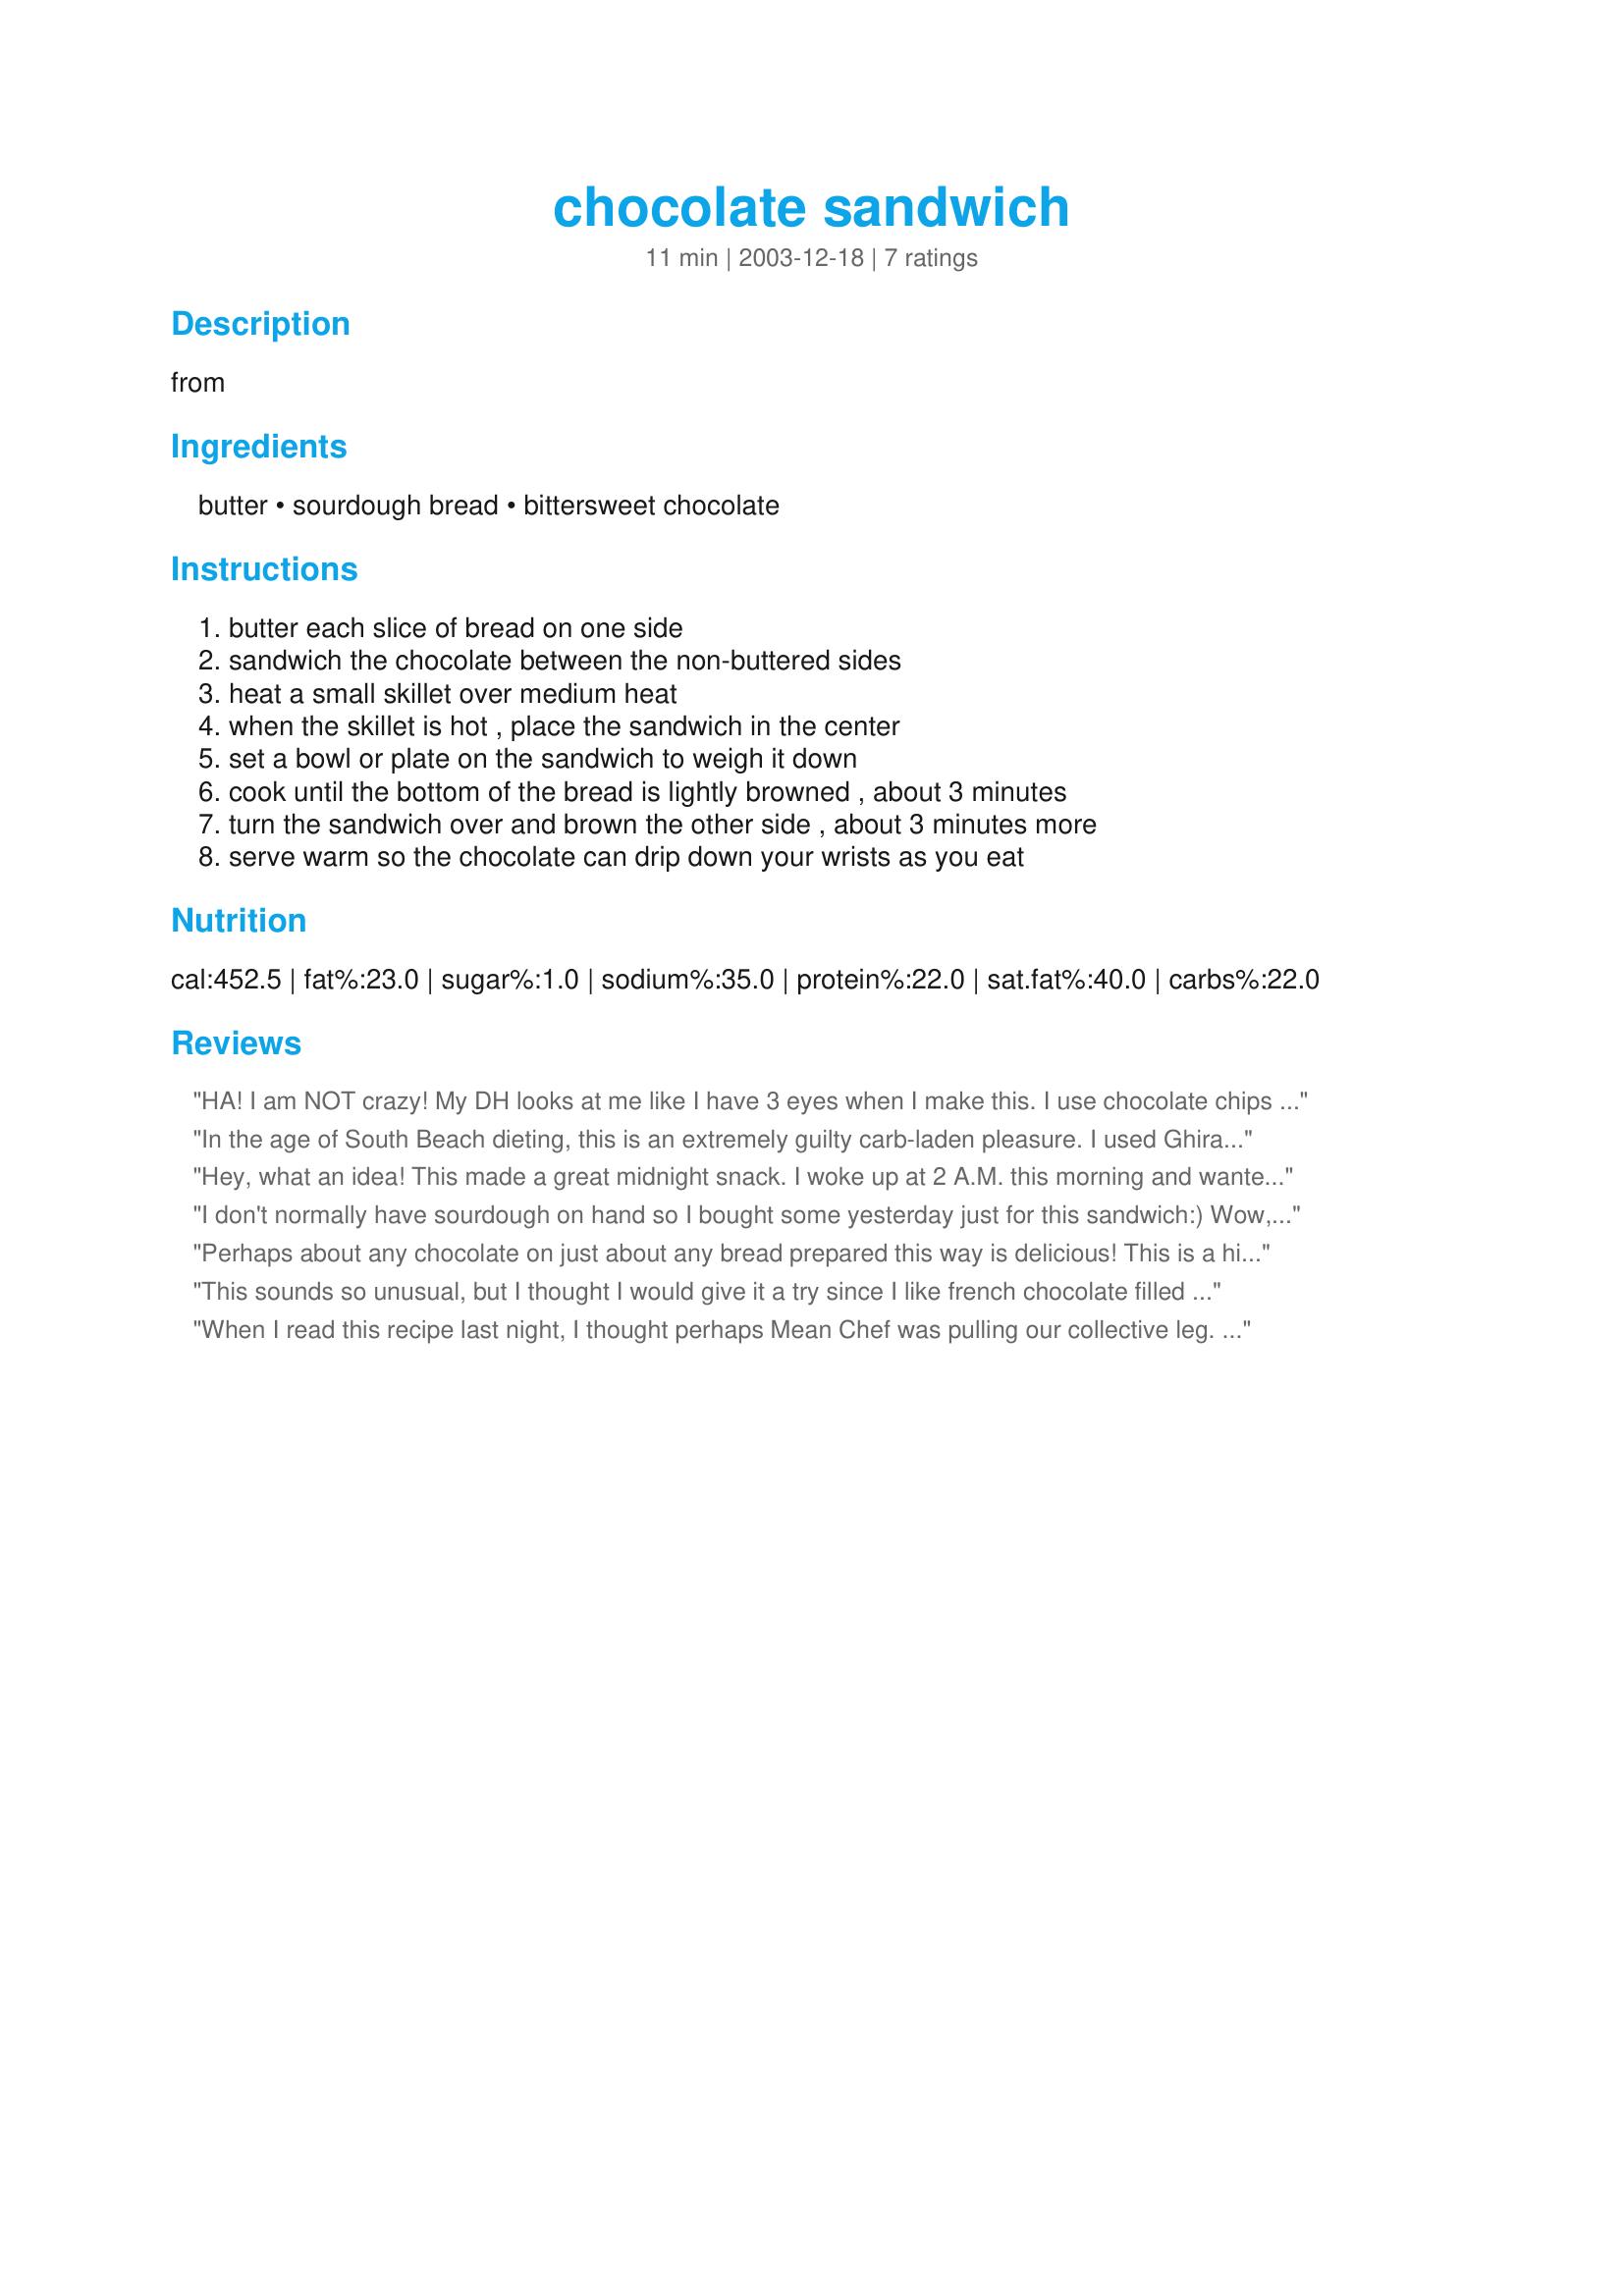
chocolate sandwich
Preparation time: 11 minutes

from

Ingredients:
butter, sourdough bread, bittersweet chocolate

Steps:
butter each slice of bread on one side, sandwich the chocolate between the non-buttered sides, heat a small skillet over medium heat, when the skillet is hot , place the sandwich in the center, set a bowl or plate on the sandwich to weigh it down, cook until the bottom of the bread is lightly browned , about 3 minutes, turn the sandwich over and brown the other side , about 3 minutes more, serve warm so the chocolate can drip down your wrists as you eat

Reviews:
HA! I am NOT crazy! My DH looks at me like I have 3 eyes when I make this. I use chocolate chips usually. I find it easier to put just the right amount on. Love it on sourdough and my DH homemade, chewy, crusty Italian bread. Also try this using your favorite candy bars. Kit Kats are good so are Wachamacallits (best to cut them up). Great post! I can eat my chocolate sandwich knowing that I am not alone in the world lol
In the age of South Beach dieting, this is an extremely guilty carb-laden pleasure. I used Ghirardelli bittersweet chocolate and some wonderfully fresh sour dough bread. This was very rich and unlike anything that I have ever before tasted. I didn't allow the chocolate to "drip down my wrists" as Mean instructed, but did lick up that excess that oozed from the sandwich onto my plate. I can't say that I would make this sandwich again, but it was definitely a nice experience.
Hey, what an idea! This made a great midnight snack. I woke up at 2 A.M. this morning and wanted tea and a s'more. No graham crackers or marshmallows, but french bread and chocolate chips. No cookies either. Gotta go to the store. Grilled chocolate sandwich. I love it! And they say there's nothing new under the sun.
I don't normally have sourdough on hand so I bought some yesterday just for this sandwich:) Wow, this turned out great. I used Dove organic dark chocolate and sprinkle the buttered sides of the bread with a little pinch of kosher salt before grilling. I will have to think twice whenever I start reaching for a loaf of sourdough at the grocery store...it could lead to an addiction:LOL: Thanks for the neat recipe. I had never heard of these before.
Perhaps about any chocolate on just about any bread prepared this way is delicious! This is a higher end or more adult version of the grilled Hersey sandwiches my Mom made us as an afternoon treat growing up in the 60's...Hersey bar and Wonder white bread, ummm what fond memories!
This sounds so unusual, but I thought I would give it a try since I like french chocolate filled croissants. It is easy and quite delicious. Thanks so much for posting this great idea.
When I read this recipe last night, I thought perhaps Mean Chef was pulling our collective leg. But no, there really is a "Zingerman's Guide to Good Eating". Serendipitously, I had just brought home a bakery-fresh loaf of bread and had some quality chocolate on hand. The only way I can think to describe this is that it's a bit like angelfood cake with a chocolate glaze, plus crunch. While it's probably not something I'll eat often, it did make me smile today.
